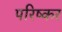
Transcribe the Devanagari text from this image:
परिष्कर